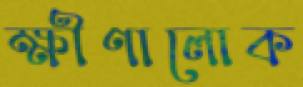
ক্ষীণালোক